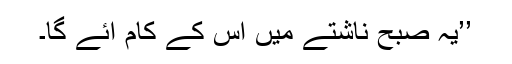
’’یہ صبح ناشتے میں اس کے کام آئے گا۔